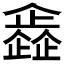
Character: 𠐰